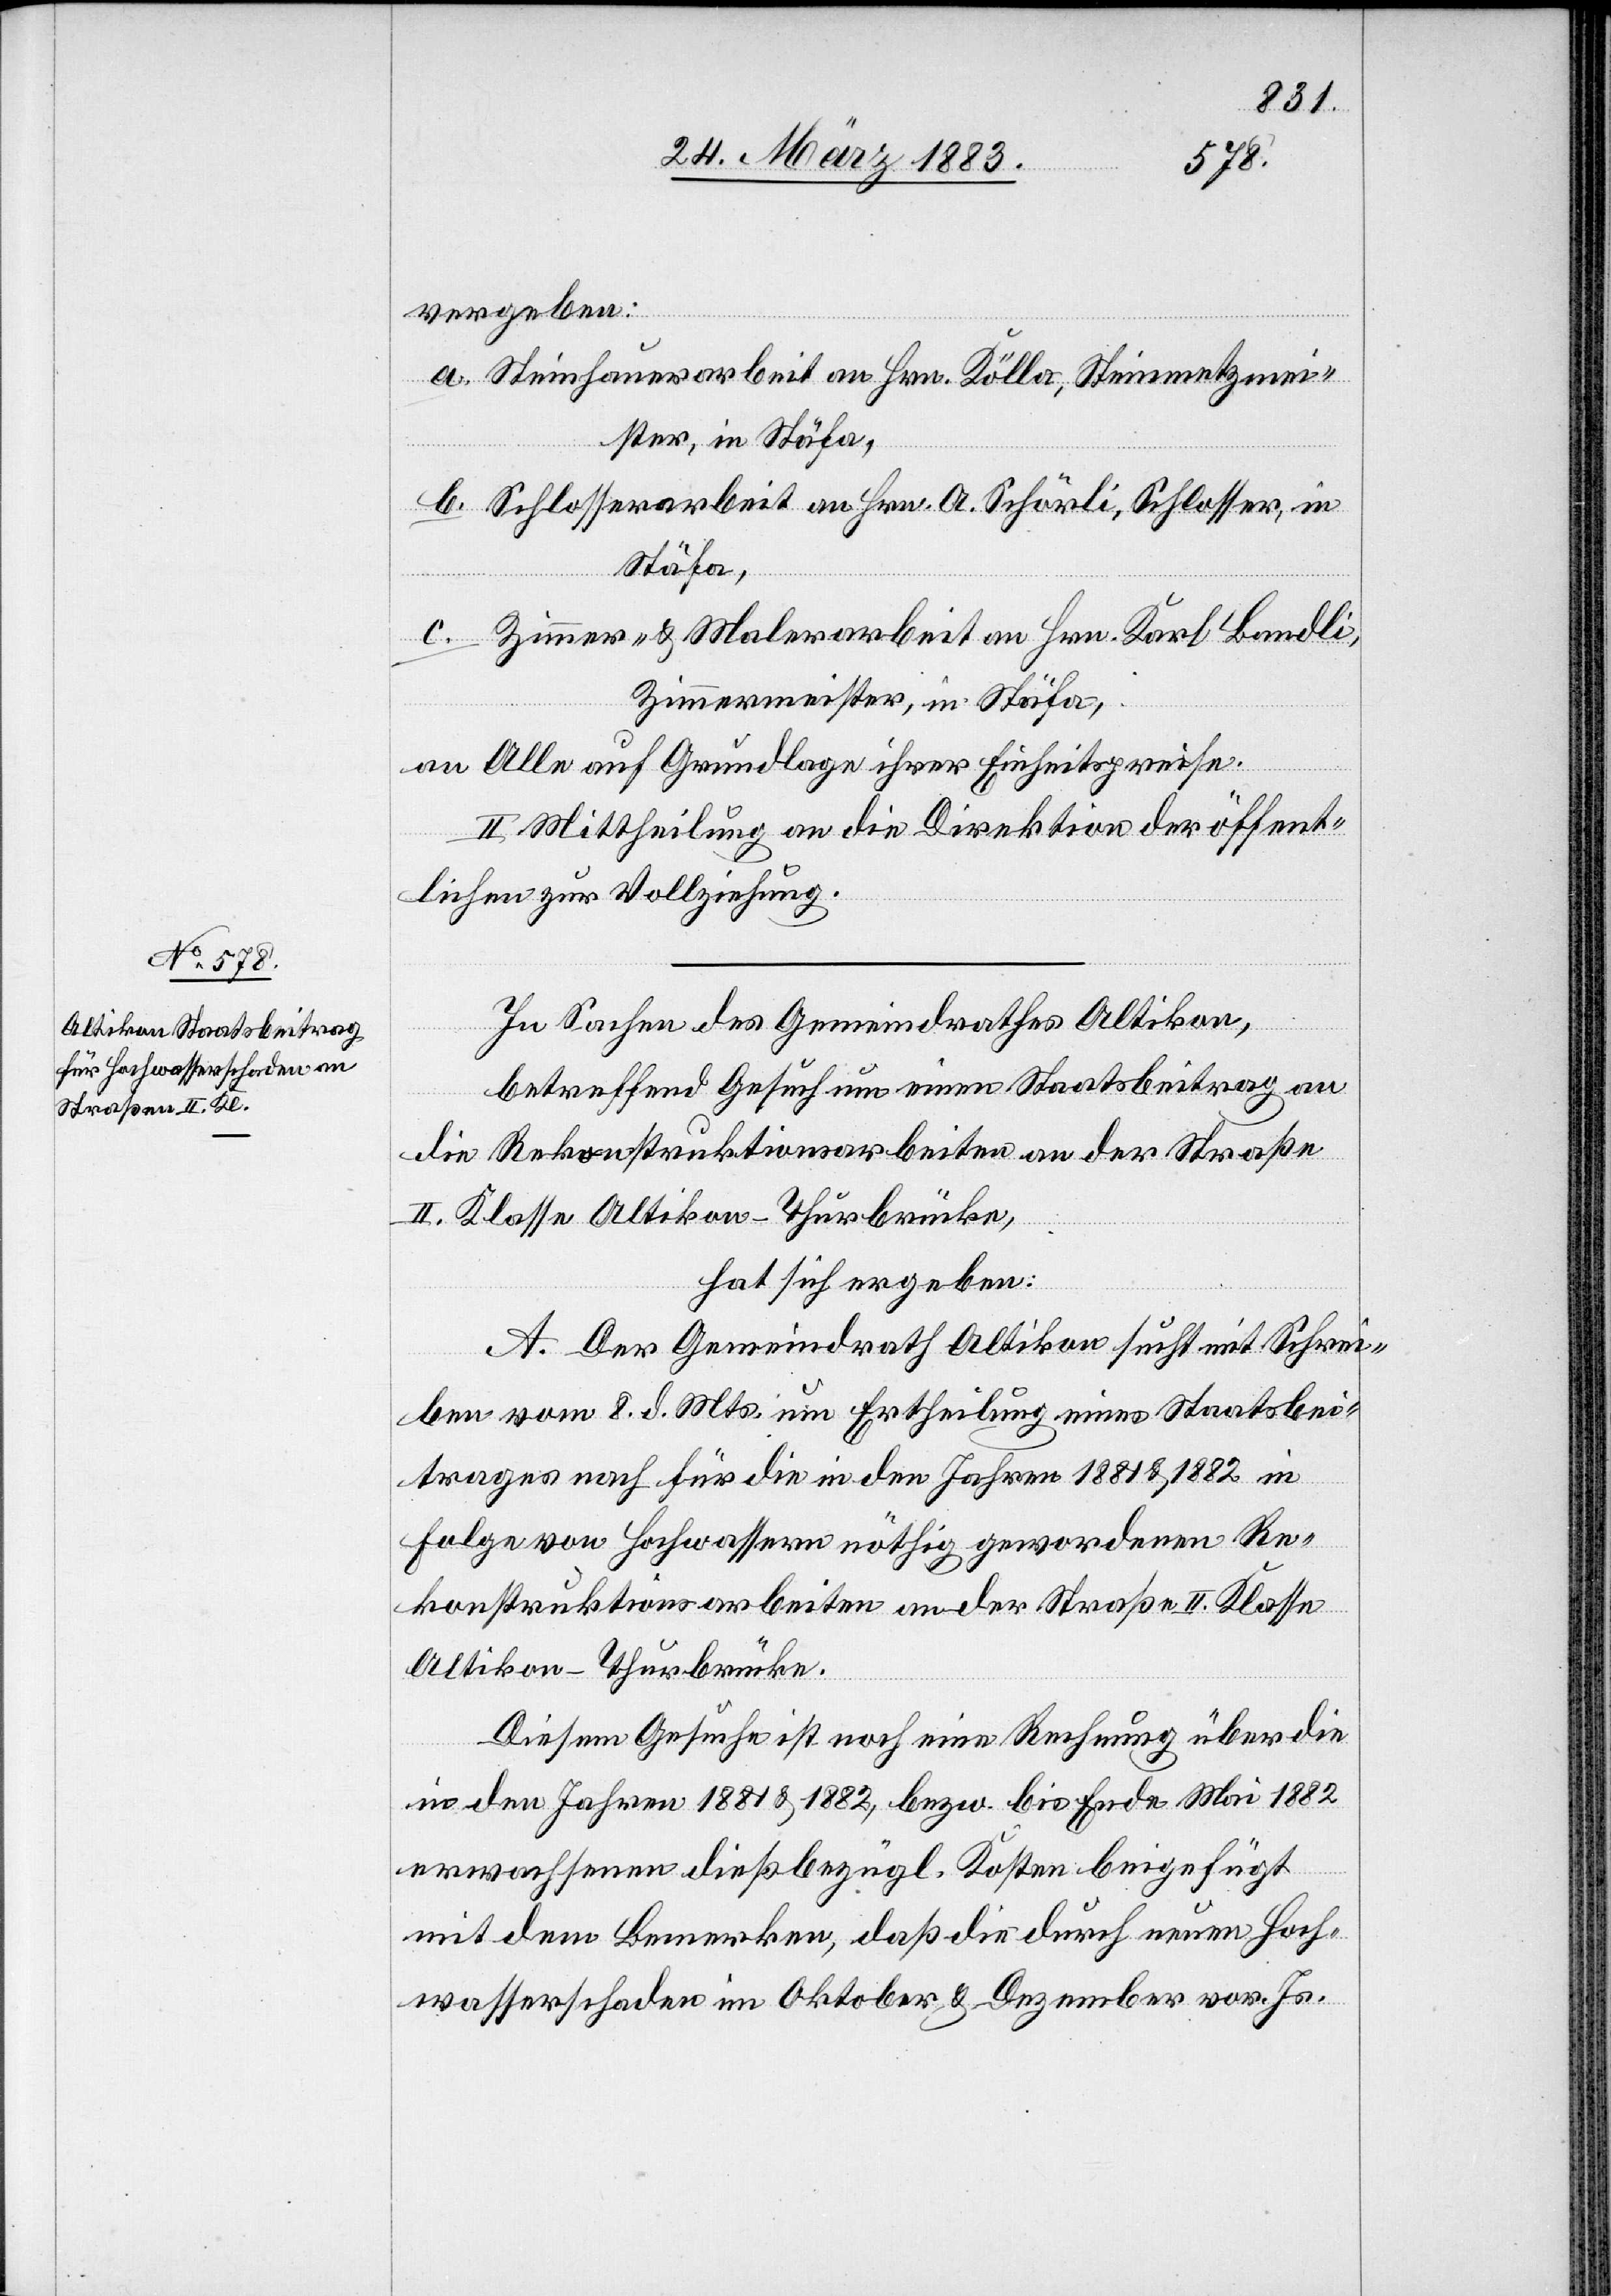
vergeben:
a. Steinhauerarbeit an Hrn. Kölla, Steinmetzmei¬
ster, in Stäfa.
b. Schlosserarbeit an Hrn. A. Schörli, Schlosser, in
Stäfa,
c. Zimmer- & Malerarbeit an Hrn. Karl Bandli,
Zimmermeister, in Stäfa.
an Alle auf Grundlage ihrer Einheitspreise.
II. Mittheilung an die Direktion der öffentli¬
beiten zur Vollziehung.
In Sachen des Gemeindrathes Altikon,
betreffend Gesuch um einen Staatsbeitrag an
die Rekonstruktionsarbeiten an der Straße
II. Klasse Altikon–Thurbrücke,
hat sich ergeben:
Ar¬
A. Der Gemeindrath Altikon sucht mit Schrei¬
ben vom 8. d. Mts. um Ertheilung eines Staatsbei¬
trages nach für die in den Jahren 1881 & 1882 in
Folge von Hochwasser nöthig gewordenen Re¬
konstruktionsarbeiten an der Straße II. Klasse
Altikon–Thurbrücke.
Diesem Gesuche ist noch eine Rechnung über die
in den Jahren 1881 & 1882, bezw. bis Ende Mai 1882
erwachsenen dießbezügl. Kosten beigefügt
mit dem Bemerken, daß die durch neuen Hoch¬
wasserschaden im Oktober & Dezember vor. Js.